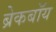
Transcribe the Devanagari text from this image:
ब्रेकबॉय